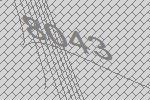
8043